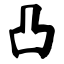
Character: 凸